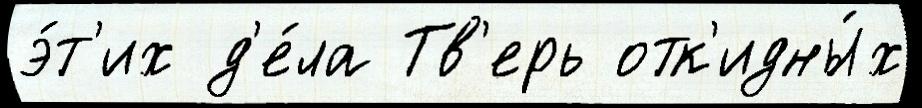
э́т'их д'е́ла Тв'ерь отк'идны́х